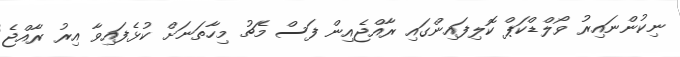
ނިކުންނައިރު ވޯލްޑްކަޕް ކޮލިފައިންގައި ރާއްޖެއިން ފަސް މެޗު މިހާތަނަށް ކުޅެފައިވާ އިރު ރާއްޖެ